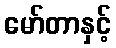
မော်တာနှင့်